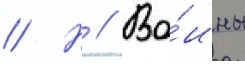
// Н // Во́ины